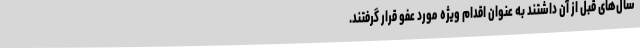
سال‌های قبل از آن داشتند به عنوان اقدام ویژه مورد عفو قرار گرفتند.